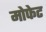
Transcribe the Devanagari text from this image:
मोफेट